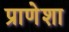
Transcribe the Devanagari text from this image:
प्राणेशा